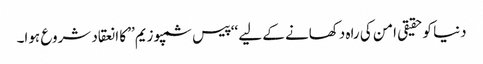
دنیا کوحقیقی امن کی راہ دکھانے کے لیے ‘‘پیس سمپوزیم’’ کا انعقاد شروع ہوا۔